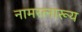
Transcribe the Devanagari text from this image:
नामरत्नारूय